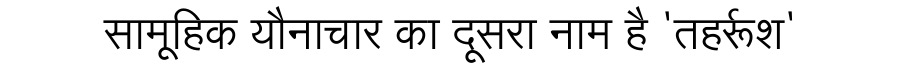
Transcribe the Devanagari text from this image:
सामूहिक यौनाचार का दूसरा नाम है 'तहर्रूश'